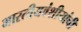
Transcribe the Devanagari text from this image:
भारतीयवंशीयांची